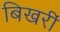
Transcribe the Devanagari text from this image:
बिखरीं